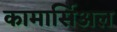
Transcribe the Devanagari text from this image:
कामार्सिअल